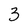
Character: 3